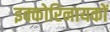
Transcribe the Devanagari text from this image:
इक्कोरिनायकों